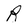
Character: R